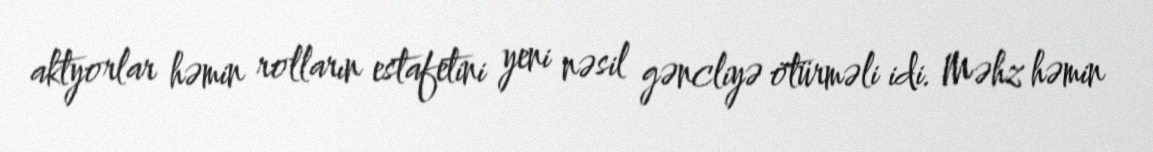
aktyorlar həmin rolların estafetini yeni nəsil gəncliyə ötürməli idi. Məhz həmin